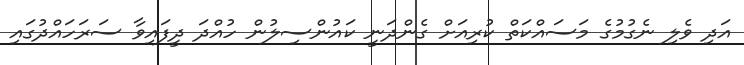
އަދި ވެލި ނެގުމުގެ މަސައްކަތް ކުރިއަށް ގެންދަނީ ކައުންސިލުން ހުއްދަ ދީފައިވާ ސަރަހައްދުގައި